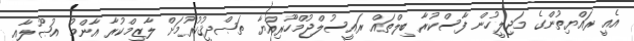
އެއީ ރައްޔިތުންގެ މަޖިލީހުން ފާސްކުރާ ބިލްތައް ރައީސުލްޖުމްހޫރިއްޔާ ތަޞްދީޤުކުރުމަށް ލާޒިމްކުރާ އާންމު އުޞޫލާއި